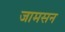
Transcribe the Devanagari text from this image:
जामसन